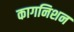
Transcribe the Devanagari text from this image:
कागनिशन